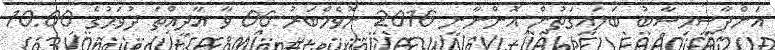
އަންދާސީހިސާބު ބަލައިގަތުން އޮންނާނީ 2016 ނޮވެމްބަރު 06 ވާ އާދީއްތަ ދުވަހުގެ 10:00